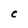
Character: C